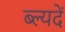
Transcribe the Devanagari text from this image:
ब्ल्यदें